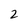
Character: 2